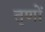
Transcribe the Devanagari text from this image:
तृणों